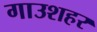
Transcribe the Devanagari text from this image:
गाउशहर